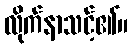
လိုက်နာသင့်၏။